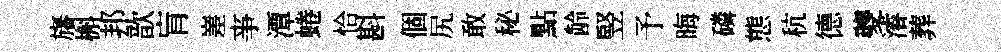
旛槲邦歆肓嵳亊潭蜷恰斟個尻敢秘點龄竪予晦磷態秔德夔濬葬